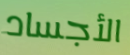
الأجساد